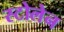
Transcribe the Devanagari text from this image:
स्टोलेन